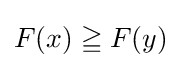
F(x)\geqq F(y)